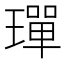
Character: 𤩧